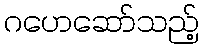
ဂဟေဆော်သည့်